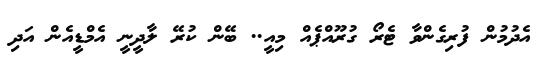
އެދުމުން ފުރިގެންވާ ޓެރޯ ގުރޫއްޕެއް މިއީ.. ބޭން ކުރޭ ލާދީނީ އެމްޑީއެން އަދި